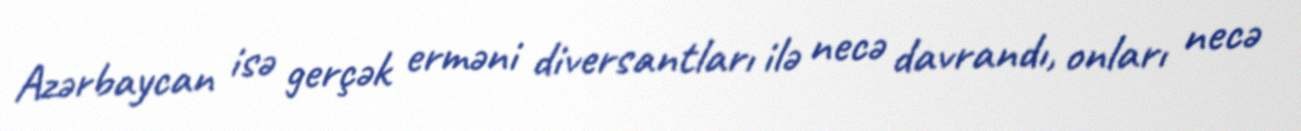
Azərbaycan isə gerçək erməni diversantları ilə necə davrandı, onları necə